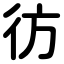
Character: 彷